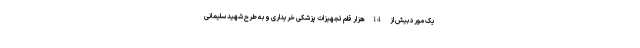
یک مورد بیش از 14هزار قلم تجهیزات پزشکی خریداری و به طرح شهید سلیمانی